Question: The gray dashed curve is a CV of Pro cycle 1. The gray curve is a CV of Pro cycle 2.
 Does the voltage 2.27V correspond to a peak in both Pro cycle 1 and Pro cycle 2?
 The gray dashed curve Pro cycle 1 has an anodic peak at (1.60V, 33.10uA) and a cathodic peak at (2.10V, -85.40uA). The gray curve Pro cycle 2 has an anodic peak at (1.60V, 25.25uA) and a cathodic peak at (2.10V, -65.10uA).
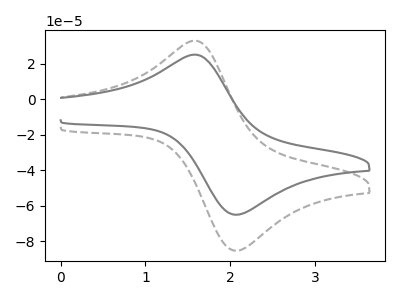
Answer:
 <answer>No, "Pro cycle 1" and "Pro cycle 2" dont share a peak at 2.27V.</answer>
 <eval>mismatch</eval>